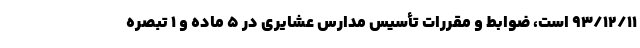
۹۳/۱۲/۱۱ است، ضوابط و مقررات تأسیس مدارس عشایری در ۵ ماده و ۱ تبصره